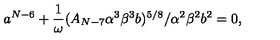
a ^ { N - 6 } + \frac { 1 } { \omega } ( A _ { N - 7 } \alpha ^ { 3 } \beta ^ { 3 } b ) ^ { 5 / 8 } / \alpha ^ { 2 } \beta ^ { 2 } b ^ { 2 } = 0 ,